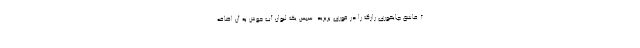
۲ قاشق چایخوری رازک را در قوری بریزید. سپس یک لیوان آب جوش به آن اضافه